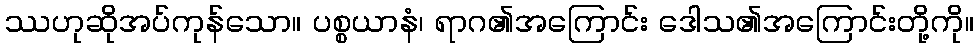
ဿဟုဆိုအပ်ကုန်သော။ ပစ္စယာနံ၊ ရာဂ၏အကြောင်း ဒေါသ၏အကြောင်းတို့ကို။